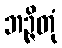
ဘဉ္ဇိတုံ